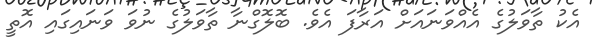
އެކު ތާވަލުގެ އެއްވަނައަށް އަރާފަ އެވެ. ބޮލޮގްނާ ތާވަލުގެ ނުވަ ވަނައިގައި އޮތީ